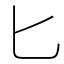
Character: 匕